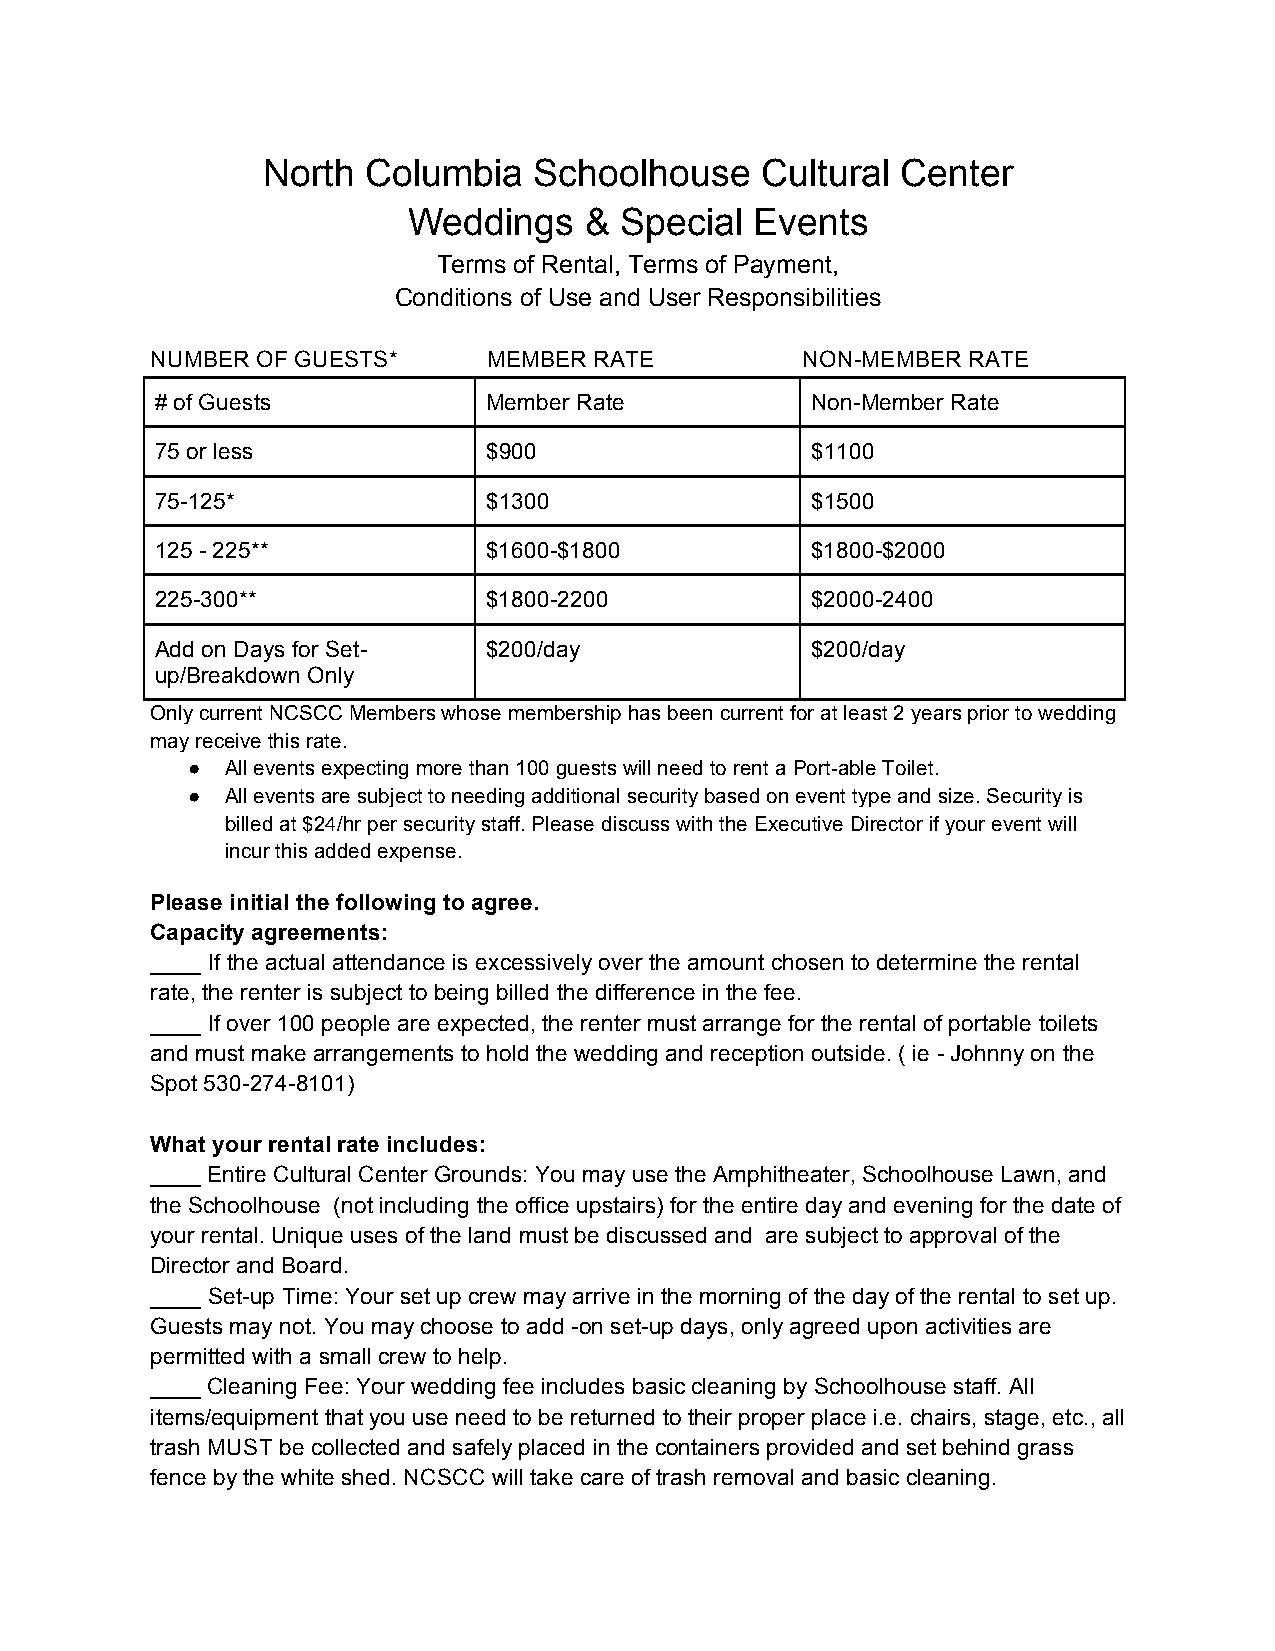
North  Columbia   Schoolhouse    Cultural  Center
 Weddings    & Special  Events
 Terms of Rental, Terms of Payment,
 Conditions of Use and User Responsibilities
 NUMBER OF GUESTS*     MEMBER RATE          NON-MEMBER RATE
 # of Guests           Member Rate           Non-Member Rate
 75 or less            $900                  $1100
 75-125*               $1300                 $1500
 125 - 225**           $1600-$1800           $1800-$2000
 225-300**             $1800-2200            $2000-2400
 Add on Days for Set-  $200/day              $200/day
 up/Breakdown Only
 Only current NCSCC Members whose membership has been current for at least 2 years prior to wedding
 may receive this rate.
 ●  All events expecting more than 100 guests will need to rent a Port-able Toilet.
 ●  All events are subject to needing additional security based on event type and size. Security is
 billed at $24/hr per security staff. Please discuss with the Executive Director if your event will
 incur this added expense.
 Please initial the following to agree.
 Capacity agreements:
 ____ If the actual attendance is excessively over the amount chosen to determine the rental
 rate, the renter is subject to being billed the difference in the fee.
 ____ If over 100 people are expected, the renter must arrange for the rental of portable toilets
 and must make arrangements to hold the wedding and reception outside. ( ie - Johnny on the
 Spot 530-274-8101)
 What your rental rate includes:
 ____ Entire Cultural Center Grounds: You may use the Amphitheater, Schoolhouse Lawn, and
 the Schoolhouse (not including the office upstairs) for the entire day and evening for the date of
 your rental. Unique uses of the land must be discussed and are subject to approval of the
 Director and Board.
 ____ Set-up Time: Your set up crew may arrive in the morning of the day of the rental to set up.
 Guests may not. You may choose to add -on set-up days, only agreed upon activities are
 permitted with a small crew to help.
 ____ Cleaning Fee: Your wedding fee includes basic cleaning by Schoolhouse staff. All
 items/equipment that you use need to be returned to their proper place i.e. chairs, stage, etc., all
 trash MUST be collected and safely placed in the containers provided and set behind grass
 fence by the white shed. NCSCC will take care of trash removal and basic cleaning.